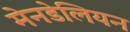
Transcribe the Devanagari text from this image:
मेनडेलियन